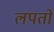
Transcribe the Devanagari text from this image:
लपतो